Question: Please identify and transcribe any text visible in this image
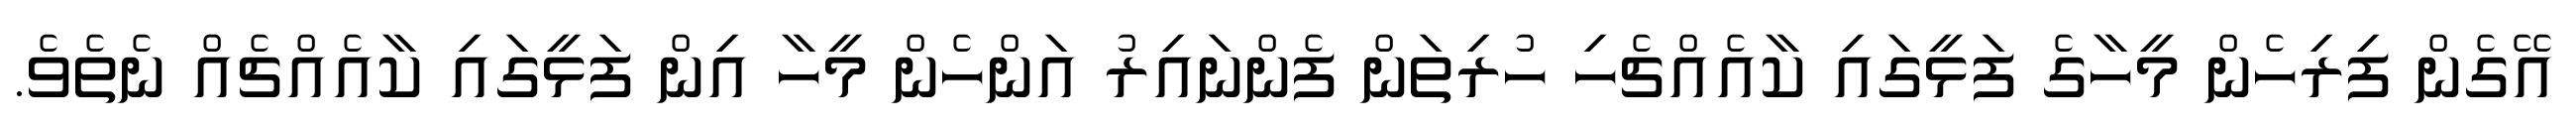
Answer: އޭގެން ފިރިހެން މީހާގެ ފަޅީގައި ކާއެއްޗެހި ހުރިތަން ފެންނައިރު އަންހެން މީހާ އިން ފަޅީގައި ކާއެއްޗެއް ނެތެވެ.